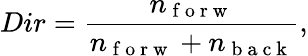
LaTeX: Dir=\frac{n_{\mathrm{~f~o~r~w~}}}{n_{\mathrm{~f~o~r~w~}}+n_{\mathrm{~b~a~c~k~}}},